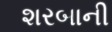
શરબાની